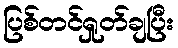
ပြစ်တင်ရှုတ်ချပြီး